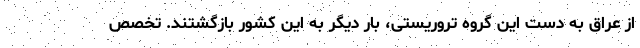
از عراق به دست این گروه تروریستی، بار دیگر به این کشور بازگشتند. تخصص